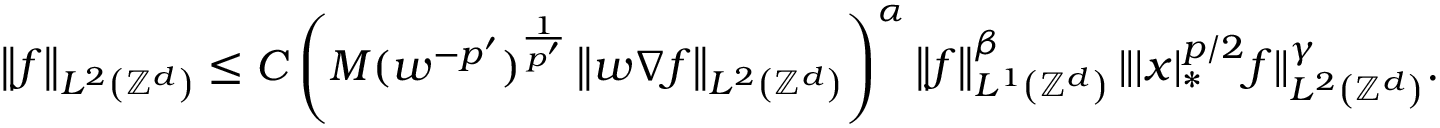
\left\| f \right\| _ { L ^ { 2 } \left( \ensuremath { \mathbb { Z } ^ { d } } \right) } \leq C \left( M ( w ^ { - p ^ { \prime } } ) ^ { \frac { 1 } { p ^ { \prime } } } \left\| w \nabla f \right\| _ { L ^ { 2 } \left( \ensuremath { \mathbb { Z } ^ { d } } \right) } \right) ^ { \alpha } \left\| f \right\| _ { L ^ { 1 } \left( \ensuremath { \mathbb { Z } ^ { d } } \right) } ^ { \beta } \| | x | _ { * } ^ { p / 2 } f \| _ { L ^ { 2 } \left( \ensuremath { \mathbb { Z } ^ { d } } \right) } ^ { \gamma } .